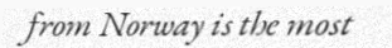
from Norway is the most